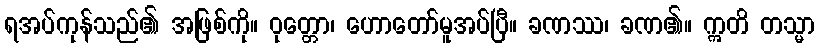
ရအပ်ကုန်သည်၏ အဖြစ်ကို။ ဝုတ္တော၊ ဟောတော်မူအပ်ပြီ။ ခဏဿ၊ ခဏ၏။ ဣတိ တသ္မာ